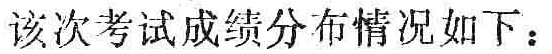
该次考试成绩分布情况如下：